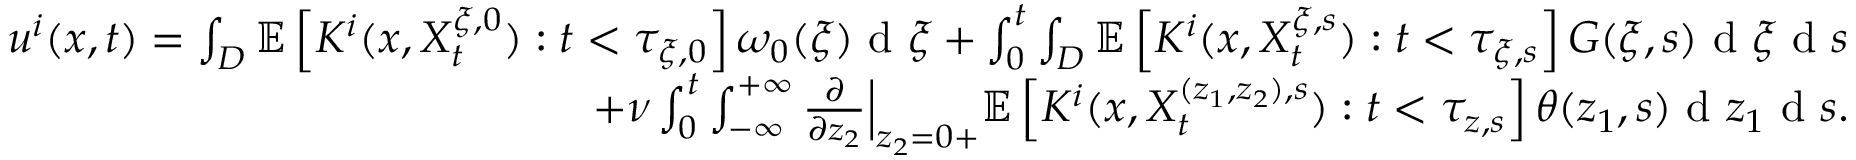
\begin{array} { r } { u ^ { i } ( x , t ) = \int _ { D } \mathbb { E } \left[ K ^ { i } ( x , X _ { t } ^ { \xi , 0 } ) : t < \tau _ { \xi , 0 } \right] \omega _ { 0 } ( \xi ) \textrm { d } \xi + \int _ { 0 } ^ { t } \int _ { D } \mathbb { E } \left[ K ^ { i } ( x , X _ { t } ^ { \xi , s } ) : t < \tau _ { \xi , s } \right] G ( \xi , s ) \textrm { d } \xi \textrm { d } s } \\ { + \nu \int _ { 0 } ^ { t } \int _ { - \infty } ^ { + \infty } \frac { \partial } { \partial z _ { 2 } } \Big | _ { z _ { 2 } = 0 + } \mathbb { E } \left[ K ^ { i } ( x , X _ { t } ^ { ( z _ { 1 } , z _ { 2 } ) , s } ) : t < \tau _ { z , s } \right] \theta ( z _ { 1 } , s ) \textrm { d } z _ { 1 } \textrm { d } s . } \end{array}